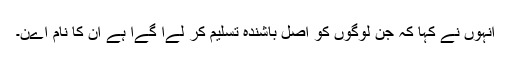
انہوں نے کہا کہ جن لوگوں کو اصل باشندہ تسلیم کر لےا گےا ہے ان کا نام اےن۔